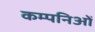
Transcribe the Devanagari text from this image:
कम्पनिओं